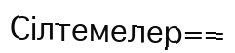
Cілтемелер==